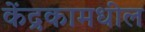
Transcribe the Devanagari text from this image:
केंद्रकामधील